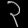
Digit: ၃